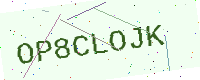
Text: OP8CLOJK